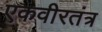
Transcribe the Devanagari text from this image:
एकवीरतंत्र